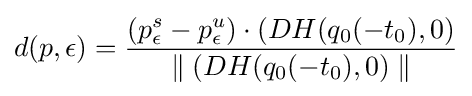
d(p,\epsilon )={\dfrac {(p_{\epsilon }^{s}-p_{\epsilon }^{u})\cdot (DH(q_{0}(-t_{0}),0)}{\parallel (DH(q_{0}(-t_{0}),0)\parallel }}